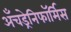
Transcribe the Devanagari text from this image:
अँचड्रेनिफॉर्मिस